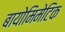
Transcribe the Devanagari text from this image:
बायोमिमेटिक